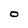
Character: O